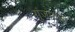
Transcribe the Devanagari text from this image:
गुंजायला